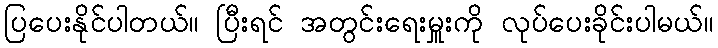
ပြပေးနိုင်ပါတယ်။ ပြီးရင် အတွင်းရေးမှူးကို လုပ်ပေးခိုင်းပါမယ်။